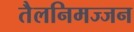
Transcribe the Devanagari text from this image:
तैलनिमज्जन